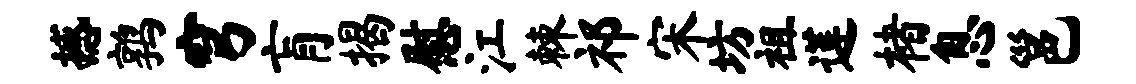
撼鹑穹肓揭慰江棘祁宋坊祖莲楮息邕